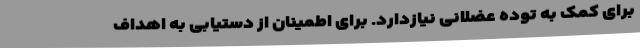
برای کمک به توده عضلانی نیازدارد. برای اطمینان از دستیابی به اهداف